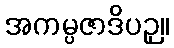
အကမ္ပဇာဒိပဉှ။